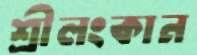
শ্রীলংকান